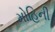
મોહિની